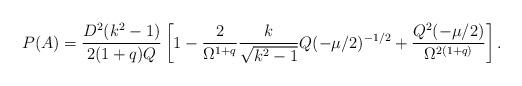
LaTeX: \begin{align*}P(A)=\frac{D^2 (k^2-1)}{2(1+q)Q} \left[ 1- \frac{2}{\Omega^{1+q}}\frac{k}{\sqrt{k^2-1}}Q(-\mu/2)^{-1/2}+ \frac{Q^2 (-\mu/2)}{\Omega^{2(1+q)}}\right].\end{align*}